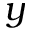
y